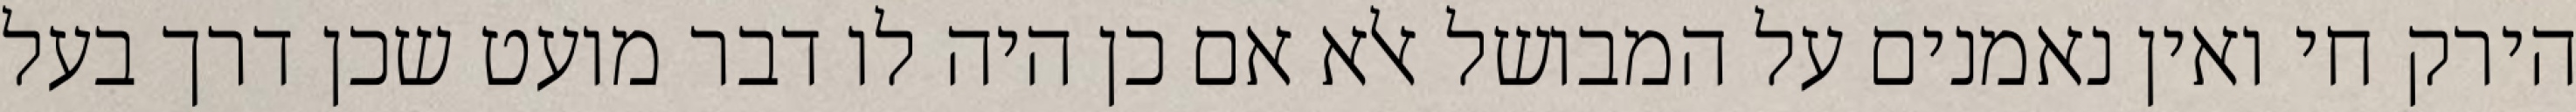
הירק חי ואין נאמנים על המבושל אלא אם כן היה לו דבר מועט שכן דרך בעל